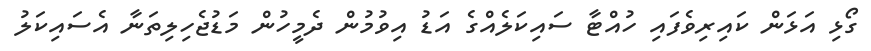
ގޯޅި އަޅަން ކައިރިވެފައި ހުއްޓާ ސައިކަލެއްގެ އަޑު އިވުމުން ދެމީހުން މަޑުޖެހިލިތަނާ އެސައިކަލު